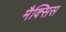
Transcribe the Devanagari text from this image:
मैक्सिस